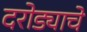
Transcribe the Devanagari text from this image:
दरोड्याचे